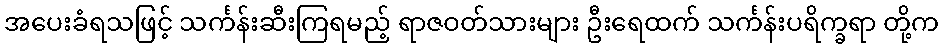
အပေးခံရသဖြင့် သင်္ကန်းဆီးကြရမည့် ရာဇဝတ်သားများ ဦးရေထက် သင်္ကန်းပရိက္ခရာ တို့က